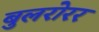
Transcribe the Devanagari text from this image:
बुलरोरर